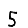
Digit: 5